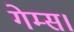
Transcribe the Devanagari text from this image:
गेम्स।